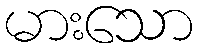
မားသော